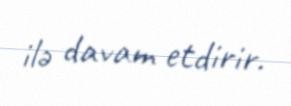
ilə davam etdirir.